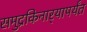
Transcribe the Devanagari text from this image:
समुद्रकिनार्‍यापर्यंत